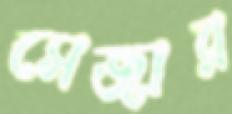
সেজার